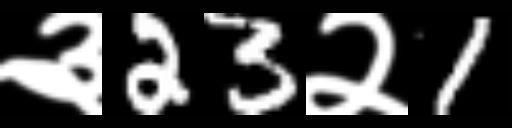
Text: ३23२1